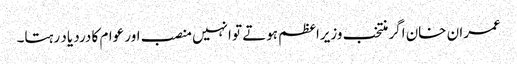
عمران خان اگر منتخب وزیراعظم ہوتے تو انہیں منصب اور عوام کا درد یاد رہتا۔